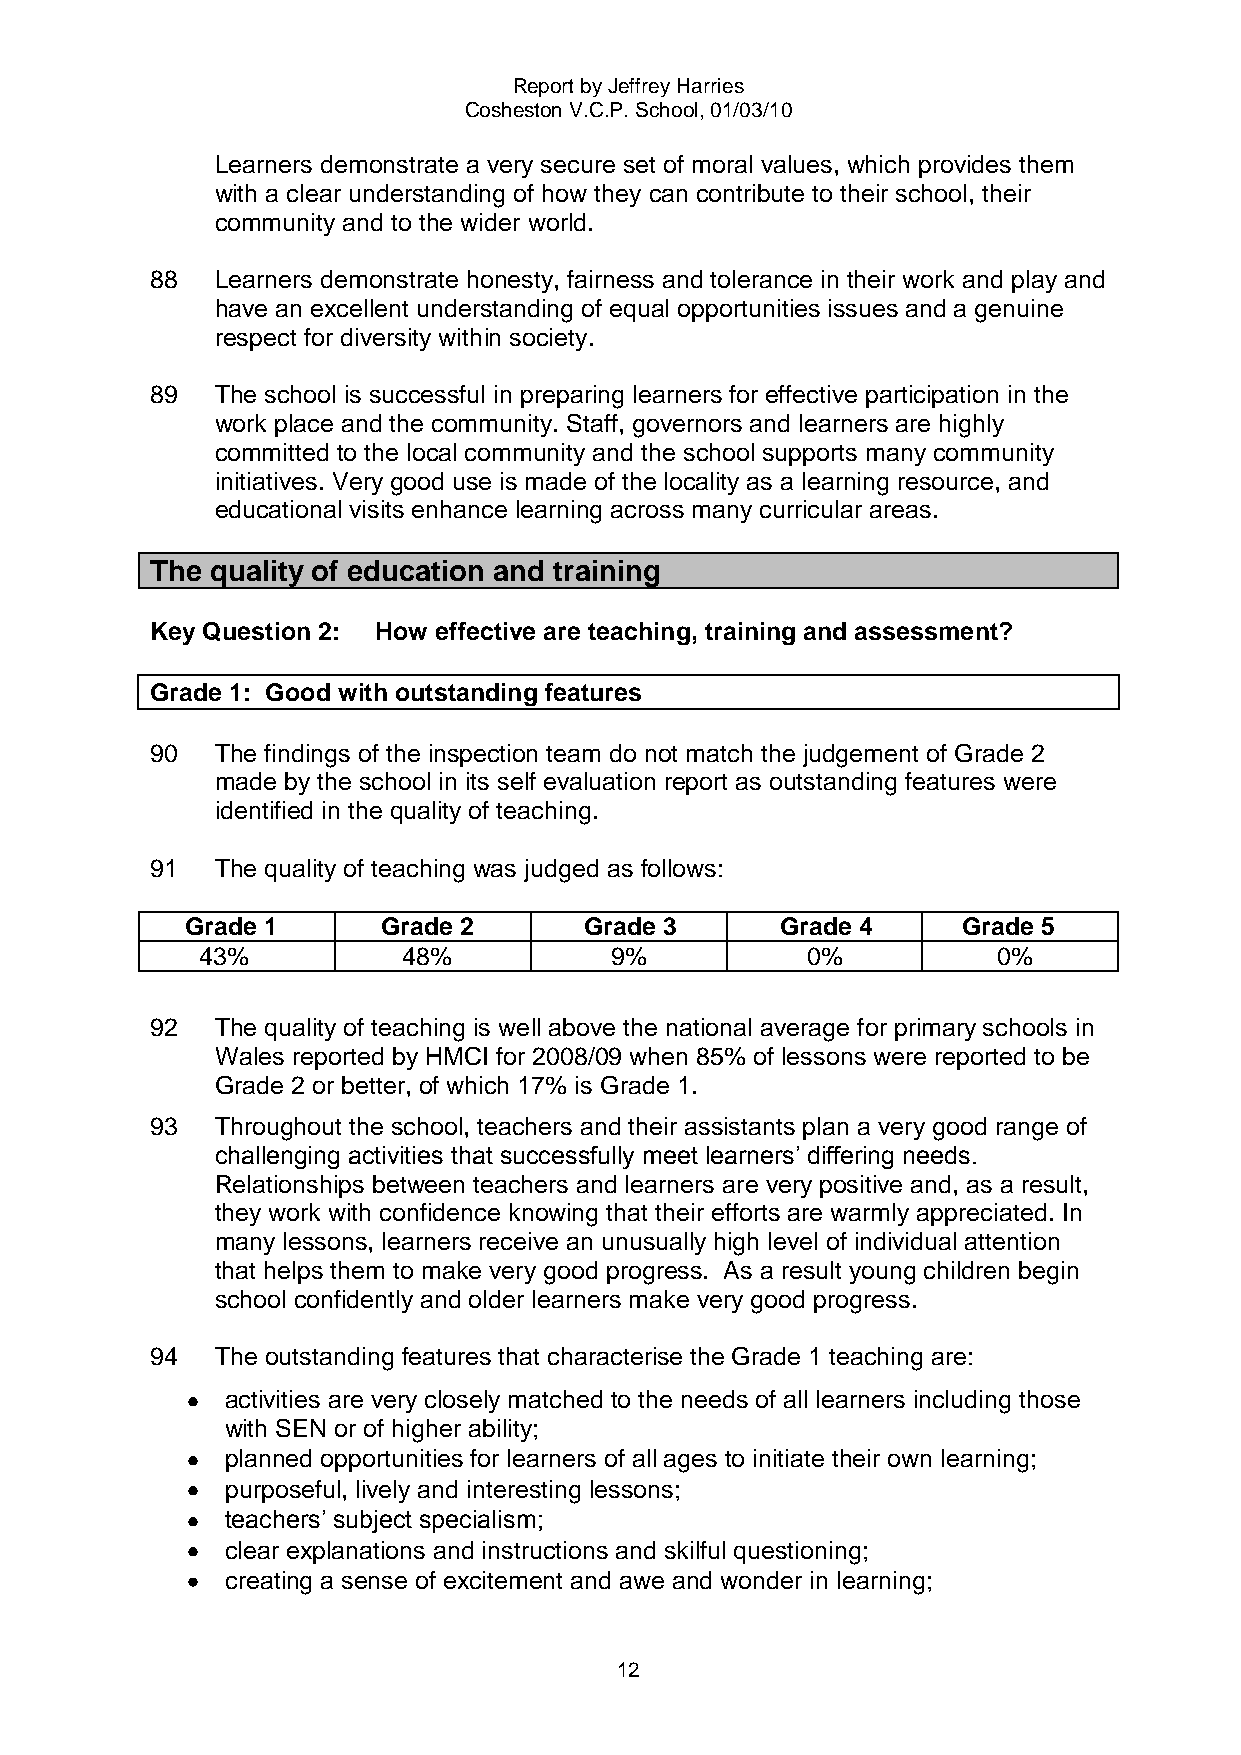
Report by Jeffrey Harries
 Cosheston V.C.P. School, 01/03/10
 Learners demonstrate a very secure set of moral values, which provides them
 with a clear understanding of how they can contribute to their school, their
 community and to the wider world.
 88  Learners demonstrate honesty, fairness and tolerance in their work and play and
 have an excellent understanding of equal opportunities issues and a genuine
 respect for diversity within society.
 89  The school is successful in preparing learners for effective participation in the
 work place and the community. Staff, governors and learners are highly
 committed to the local community and the school supports many community
 initiatives. Very good use is made of the locality as a learning resource, and
 educational visits enhance learning across many curricular areas.
 The quality of education and training
 Key Question 2: How effective are teaching, training and assessment?
 Grade 1: Good with outstanding features
 90  The findings of the inspection team do not match the judgement of Grade 2
 made by the school in its self evaluation report as outstanding features were
 identified in the quality of teaching.
 91  The quality of teaching was judged as follows:
 Grade 1      Grade 2       Grade 3      Grade 4     Grade 5
 43%           48%          9%           0%           0%
 92  The quality of teaching is well above the national average for primary schools in
 Wales reported by HMCI for 2008/09 when 85% of lessons were reported to be
 Grade 2 or better, of which 17% is Grade 1.
 93  Throughout the school, teachers and their assistants plan a very good range of
 challenging activities that successfully meet learners‟ differing needs.
 Relationships between teachers and learners are very positive and, as a result,
 they work with confidence knowing that their efforts are warmly appreciated. In
 many lessons, learners receive an unusually high level of individual attention
 that helps them to make very good progress. As a result young children begin
 school confidently and older learners make very good progress.
 94  The outstanding features that characterise the Grade 1 teaching are:
 activities are very closely matched to the needs of all learners including those
 with SEN or of higher ability;
 planned opportunities for learners of all ages to initiate their own learning;
 purposeful, lively and interesting lessons;
 teachers‟ subject specialism;
 clear explanations and instructions and skilful questioning;
 creating a sense of excitement and awe and wonder in learning;
 12